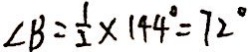
\angle B = \frac { 1 } { 2 } \times 1 4 4 ^ { \circ } = 7 2 ^ { \circ }